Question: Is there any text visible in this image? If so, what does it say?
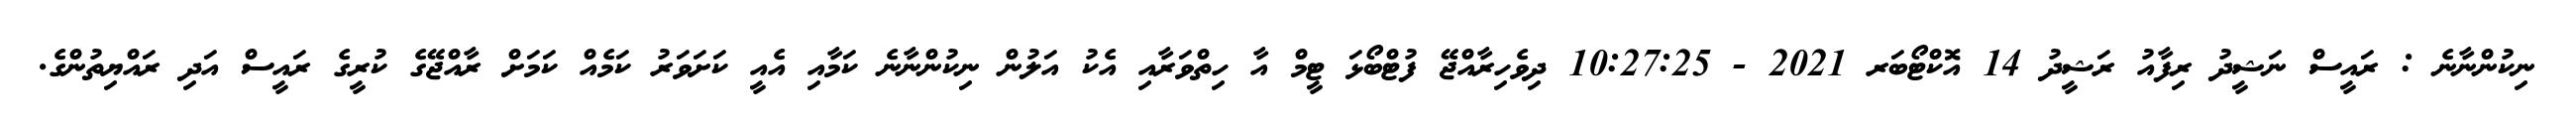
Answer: ނިކުންނާނެ : ރައީސް ނަޝީދު ރިފާއު ރަޝީދު 14 އޮކްޓޯބަރ 2021 - 10:27:25 ދިވެހިރާއްޖޭ ފުޓްބޯޅަ ޓީމް އާ ހިތްވަރާއި އެކު އަލުން ނިކުންނާނެ ކަމާއި އެއީ ކަށަވަރު ކަމެއް ކަމަށް ރާއްޖޭގެ ކުރީގެ ރައީސް އަދި ރައްޔިތުންގެ.